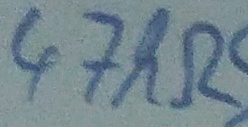
Text: 47kΩ